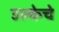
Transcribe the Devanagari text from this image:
उल्केचे